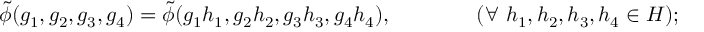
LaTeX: \tilde { \phi } ( g _ { 1 } , g _ { 2 } , g _ { 3 } , g _ { 4 } ) = \tilde { \phi } ( g _ { 1 } h _ { 1 } , g _ { 2 } h _ { 2 } , g _ { 3 } h _ { 3 } , g _ { 4 } h _ { 4 } ) , \qquad \qquad ( \forall \ h _ { 1 } , h _ { 2 } , h _ { 3 } , h _ { 4 } \in H ) ;